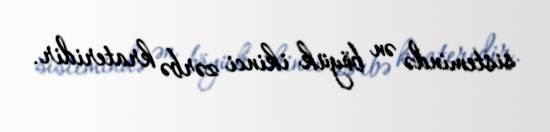
sistemində ən böyük ikinci zərbə krateridir.